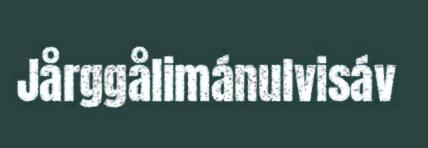
Jårggålimánulvisáv